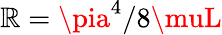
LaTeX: \mathbb{R}=\pia^{4}/8\muL